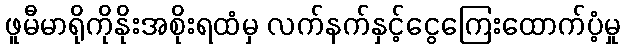
ဖူမီမာရိုကိုနိုးအစိုးရထံမှ လက်နက်နှင့်ငွေကြေးထောက်ပံ့မှု